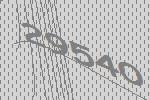
29540